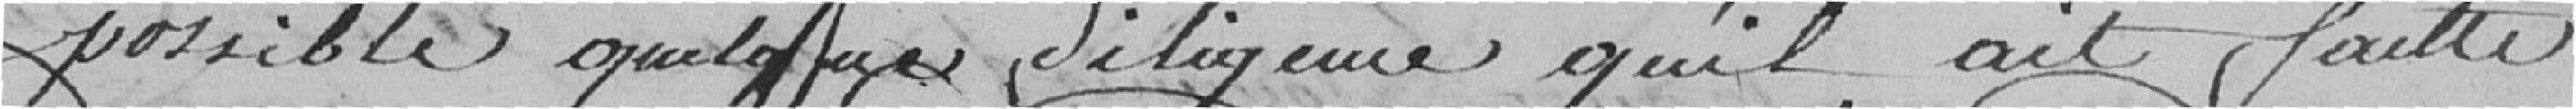
possible quelque diligence qu'il ait failli